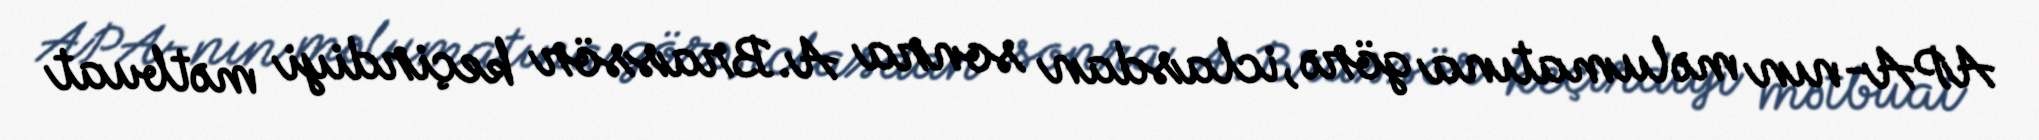
APA-nın məlumatına görə, iclasdan sonra A.Brassör keçirdiyi mətbuat